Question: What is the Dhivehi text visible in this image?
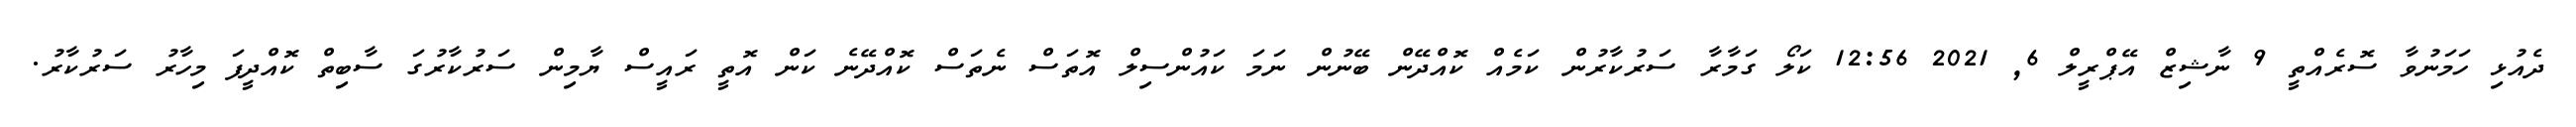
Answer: ދެއުޅި ހަމަނުވާ ސޮރެއްތީ 9 ނާޝިޒް އޭޕްރީލް 6, 2021 12:56 ކަލޯ ގަމާރާ ސަރުކާރުން ކަމެއް ކޮއްދޭން ބޭނުން ނަމަ ކައުންސިލް އޮތަސް ނެތަސް ކޮއްދޭނެ ކަން އޮތީ ރައީސް ޔާމިން ސަރުކާރުގަ ސާބިތް ކޮއްދީފަ މިހާރު ސަރުކާރު.